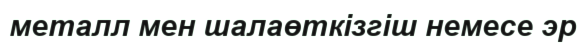
металл мен шалаөткізгіш немесе эр